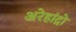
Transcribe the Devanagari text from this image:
अरेहांद्रो